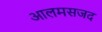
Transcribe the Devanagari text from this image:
आलमसजद